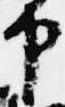
中